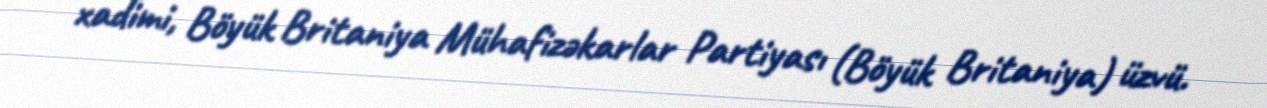
xadimi, Böyük Britaniya Mühafizəkarlar Partiyası (Böyük Britaniya) üzvü.